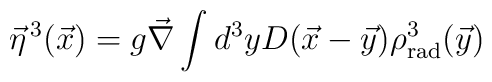
\vec{\eta}^{\,3} (\vec{x}) = g \vec{\nabla} \int d^{3}yD(\vec{x}- \vec{y} ) \rho^{3}_{\rm rad}(\vec{y})